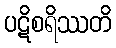
ပဋိစရိဿတိ